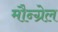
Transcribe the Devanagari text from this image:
मौन्ग्रेल